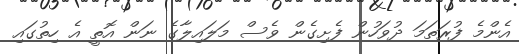
އެންމެ ފުރަތަމަ ދުވަހުން ފެށިގެން ވެސް މަލައިލާގެ ނަން އޮތީ އެ ހިތުގައި